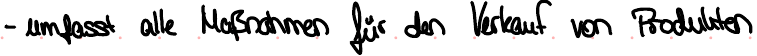
- umfasst alle Maßnahmen für den Verkauf von Produkten